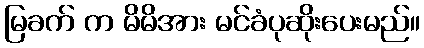
မြခက် က မိမိအား မင်ခံပုဆိုးပေးမည်။